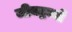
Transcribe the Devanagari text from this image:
जीवद्रव्यों